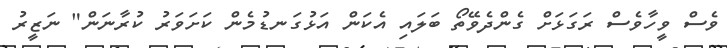
ވެސް ވީހާވެސް ރަގަޅަށް ގެންދެވޭތޯ ބަލައި އެކަން އަޅުގަނޑުމެން ކަށަވަރު ކުރާނަން" ނަޒީރު